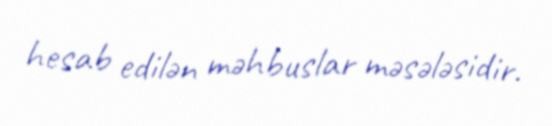
hesab edilən məhbuslar məsələsidir.